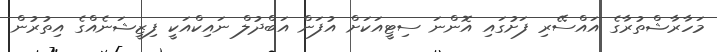
މަހާރާޝްތުރާގެ އައްސޭރި ފަށުގައި އޮންނަ ސިޓީއަކަށް އުފަން އަބްދުލް ނައިކްއަކީ ފިޒީޝަނެއްގެ އިތުރުން